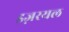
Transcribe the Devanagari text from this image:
इज़रयल